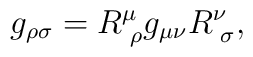
g_{\rho\sigma} = R^\mu_{\,\,\rho} g_{\mu\nu} R^\nu_{\,\,\sigma} ,